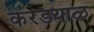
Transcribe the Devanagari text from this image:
करडयाळ